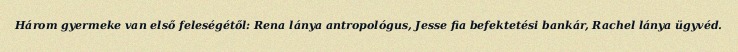
Három gyermeke van első feleségétől: Rena lánya antropológus, Jesse fia befektetési bankár, Rachel lánya ügyvéd.